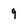
Character: 9